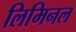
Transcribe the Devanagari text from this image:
लिमिनल